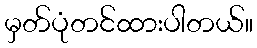
မှတ်ပုံတင်ထားပါတယ်။